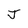
Character: J